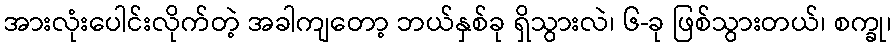
အားလုံးပေါင်းလိုက်တဲ့ အခါကျတော့ ဘယ်နှစ်ခု ရှိသွားလဲ၊ ၆-ခု ဖြစ်သွားတယ်၊ စက္ခု၊